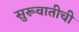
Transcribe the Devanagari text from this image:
सुरूवातीची